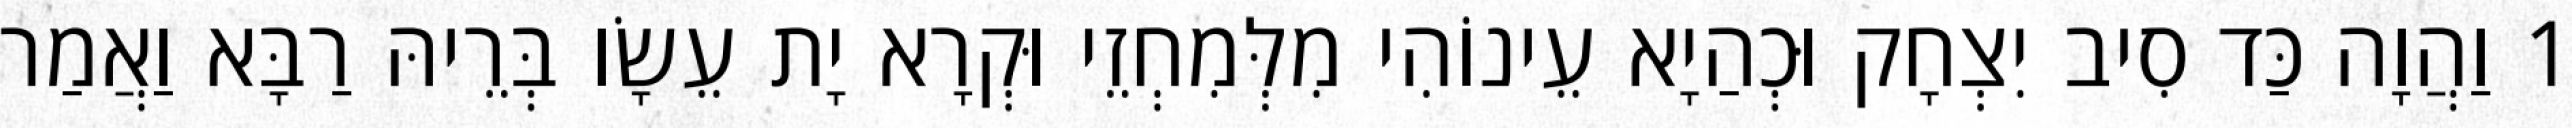
1 וַהֲוָה כַּד סִיב יִצְחָק וּכְהַיָא עֵינוֹהִי מִלְּמִחְזֵי וּקְרָא יָת עֵשָׂו בְּרֵיהּ רַבָּא וַאֲמַר